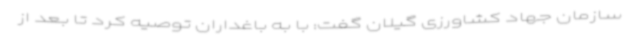
سازمان جهاد کشاورزی گیلان گفت: با به باغداران توصیه کرد تا بعد از